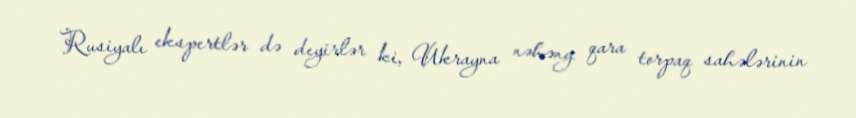
Rusiyalı ekspertlər də deyirlər ki, Ukrayna nəhəng qara torpaq sahələrinin